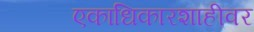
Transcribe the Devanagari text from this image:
एकाधिकारशाहीवर